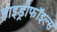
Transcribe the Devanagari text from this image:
हाइड्रोफॉइल्स